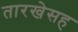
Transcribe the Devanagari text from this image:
तारखेसह